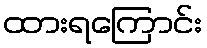
ထားရကြောင်း